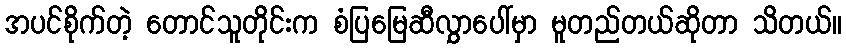
အပင်စိုက်တဲ့ တောင်သူတိုင်းက စံပြမြေဆီလွှာပေါ်မှာ မူတည်တယ်ဆိုတာ သိတယ်။